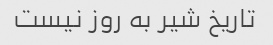
تاریخ شیر به روز نیست